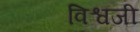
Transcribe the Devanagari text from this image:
विश्वजी